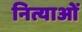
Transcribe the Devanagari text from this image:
नित्याओं